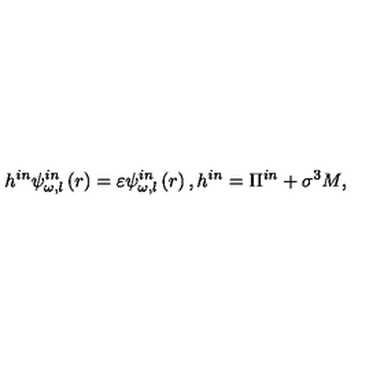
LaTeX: h ^ { i n } \psi _ { \omega , l } ^ { i n } \left( r \right) = \varepsilon \psi _ { \omega , l } ^ { i n } \left( r \right) , h ^ { i n } = \Pi ^ { i n } + \sigma ^ { 3 } M ,